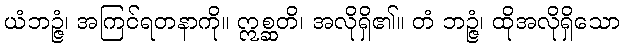
ယံဘဉ္ဇံ၊ အကြင်ရတနာကို။ ဣစ္ဆတိ၊ အလိုရှိ၏။ တံ ဘဉ္ဇံ၊ ထိုအလိုရှိသော